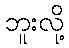
ဘူးလို့